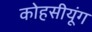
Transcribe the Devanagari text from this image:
कोहसीयूंग